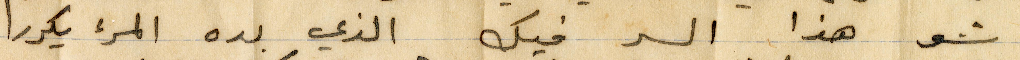
شو هذا السر فيك الذي بده المرء يكدرا